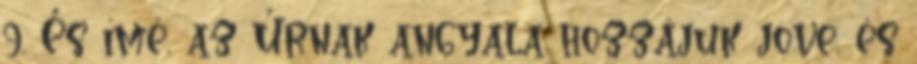
9. És ímé, az Úrnak angyala hozzájuk jöve, és